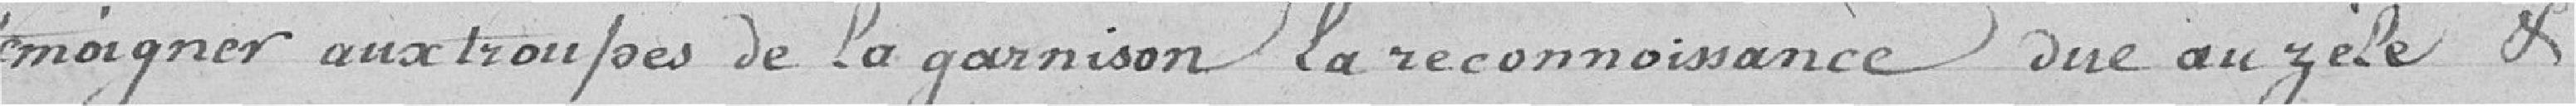
témoigner aux troupes de la garnison la reconnaissance due au zèle et